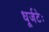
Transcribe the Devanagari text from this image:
धूर्जटेः